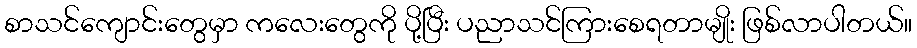
စာသင်ကျောင်းတွေမှာ ကလေးတွေကို ပို့ပြီး ပညာသင်ကြားစေရတာမျိုး ဖြစ်လာပါတယ်။